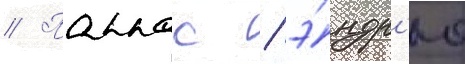
// Паппас / э́ндр'ю